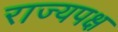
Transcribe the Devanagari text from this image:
राज्यपक्ष